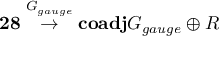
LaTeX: { \bf 2 8 } \stackrel { G _ { g a u g e } } { \rightarrow } { \bf c o a d j } { G _ { g a u g e } } \oplus { \cal R }